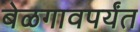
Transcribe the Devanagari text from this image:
बेळगावपर्यंत